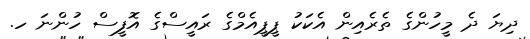
ދިޔަ ދެ މީހުންގެ ތެރެއިން އެކަކު ޕީޕީއެމްގެ ރައީސްގެ އޮފީސް ހުންނަ ހ.